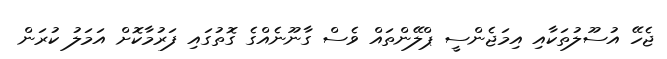
ޖެހޭ އުސޫލުތަކާއި އިމަޖެންސީ ޕްލޭންތައް ވެސް ގާނޫނެއްގެ ގޮތުގައި ފަރުމާކޮށް އަމަލު ކުރަން